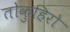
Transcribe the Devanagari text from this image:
तोकुहिरो